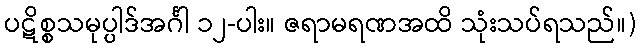
ပဋိစ္စသမုပ္ပါဒ်အင်္ဂါ ၁၂-ပါး။ ဇရာမရဏအထိ သုံးသပ်ရသည်။)